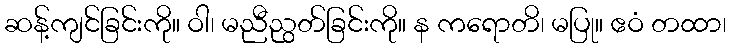
ဆန့်ကျင်ခြင်းကို။ ဝါ၊ မညီညွတ်ခြင်းကို။ န ကရောတိ၊ မပြု။ ဧဝံ တထာ၊